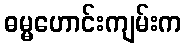
ဓမ္မဟောင်းကျမ်းက